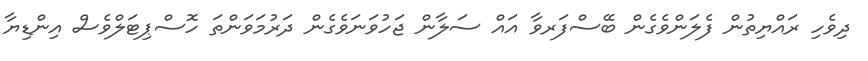
ދިވެހި ރައްޔިތުން ފެލަންވެގެން ބޭސްފަރވާ އައް ސަލާން ޖަހުވަނަވެގެން ދަރުމަވަންތަ ހޮސްޕިޓަލްވެސް އިންޑިޔާ